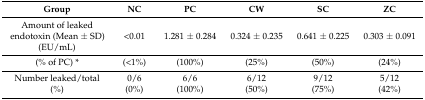
<table><thead><tr><td><b>Group</b></td><td><b>NC</b></td><td><b>PC</b></td><td><b>CW</b></td><td><b>SC</b></td><td><b>ZC</b></td></tr></thead><tbody><tr><td>Amount of leaked endotoxin (Mean ± SD)(EU/mL)</td><td>&lt;0.01</td><td>1.281 ± 0.284</td><td>0.324 ± 0.235</td><td>0.641 ± 0.225</td><td>0.303 ± 0.091</td></tr><tr><td>(% of PC) *</td><td>(&lt;1%)</td><td>(100%)</td><td>(25%)</td><td>(50%)</td><td>(24%)</td></tr><tr><td>Number leaked/total(%)</td><td>0/6(0%)</td><td>6/6(100%)</td><td>6/12(50%)</td><td>9/12(75%)</td><td>5/12(42%)</td></tr></tbody></table>